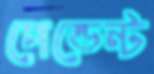
পেন্ডেন্ট